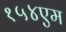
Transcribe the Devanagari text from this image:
१५४एम